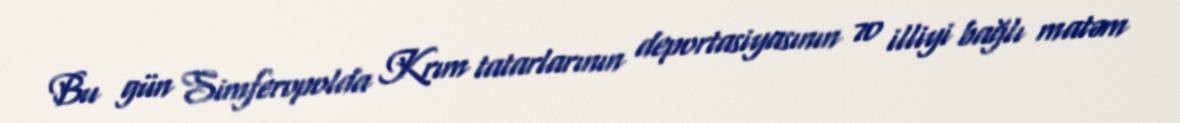
Bu gün Simferopolda Krım tatarlarının deportasiyasının 70 illiyi bağlı matəm